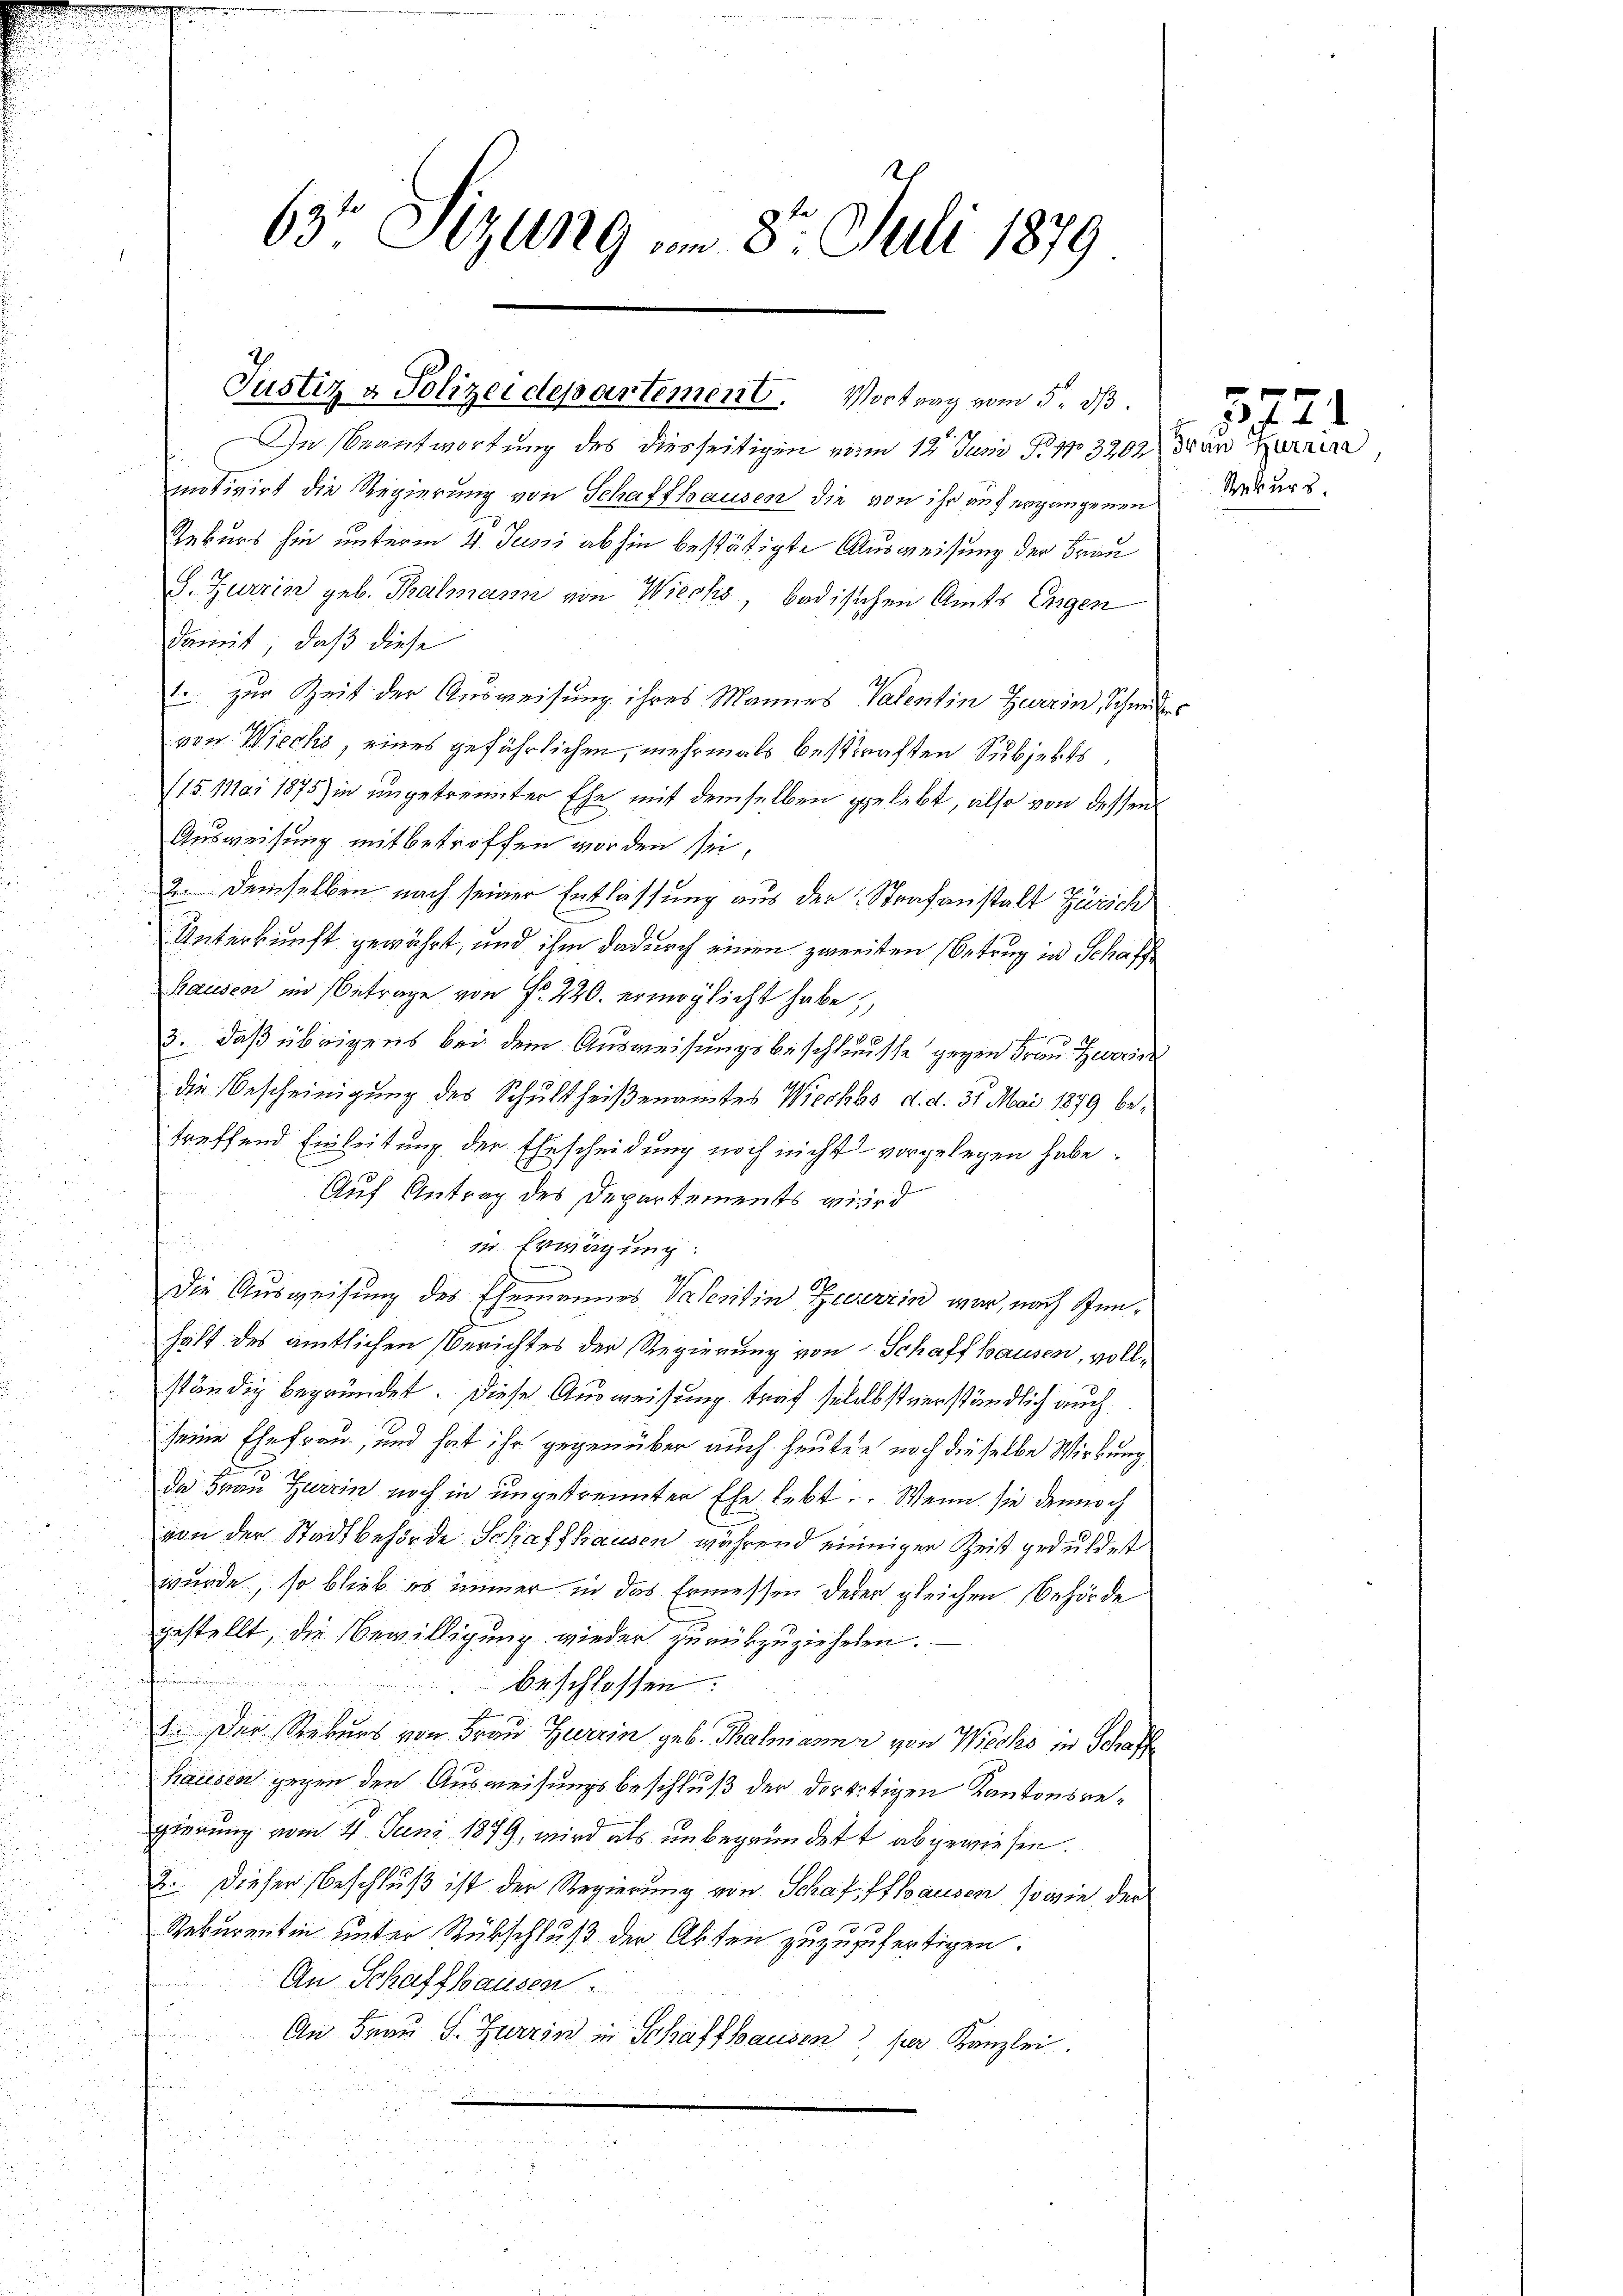
63° Sizung am 8t Juli 1879

Justiz & Polizeidepartement. Vortrag vom 5. dß.

In Beantwortung des diesseitigen vom 12. Juni 183202 die Herrn,
mitivirt die Regierung von Schaffhausen die von ihr auf ergangenen Rekurs¬
Rekurs hin unterm 4. Juni abhin bestätigte Ausweisung der Frau
G. Zurrier geb. Thalmann von Wiecks, badischen Amts Eigen
damit, daß diese
1. zur Zeit der Ausweisung ihres Mannes Valentin Herrin, Schieder
von Wiechs, eines gefährlichen, mehrmals betraften Subjekts,
(15 Mai 1875) in ungetrennter Ehe mit demselben gelebt, also von dessen
Ausweisung mit betroffen worden sei,
u
2. demselben nach seiner Entlassung aus der Strafanstalt Zürich
Unterkunft gewährt, und ihm dadurch einen zweiten Betrug in Schaff
Pausen im Betrage von Fr. 220. ermöglicht habe,
3., daß übrigens bei dem Ausweisungsbeschlusse gegen Frau Zoerin
die Bescheinigung des Schultheißenamtes Wieckes d. d. 31. Mai 1879 betreffend Einleitung der Ehescheidung noch nicht vorgelegen habe.
Auf Antrag des Departements wird
in Erwägung.
Die Ausweisung des Ehemeines Vaterisin Zeverrin war, nach Innhält des amtlichen Berichtes der Regierung von Schaffhausen, vollständig begründet. Diese Ausweisung traf selbstverständlich auch
seine Ehefrau, und hat ihr gegenüber auch heuten noch dieselbe Wirkung
da Frau Zarrin noch in ungestrennter Ehe lebt. Wenn sie dennoch
von der Stadtbehörde Schaffhausen während einiger Zeit geduldet
wurde, so blieb es immer in das Ermessen derer gleichen Behörde
gestellt, die Bewilligung wieder zurückzuzieheten.
beschlossen:
57
. Der Rekurs von Frau Herrin geb. Thalmann von Wiecks in Schaff
Hausen gegen den Ausweisungsbeschluß der dortitigen Kantonsregierung vom 4. Juni 1879, wird als unbegründet abgewiesen.
2. Dieser Beschluß ist der Regierung von Schaffhausen, sowie der
1
Rekurentin unter Rückschluß der Akten zuzuzufertigen.
An Schaffhausen
An Frau S. Zuerin in Schaffhausen per Kanzlei
d

5724